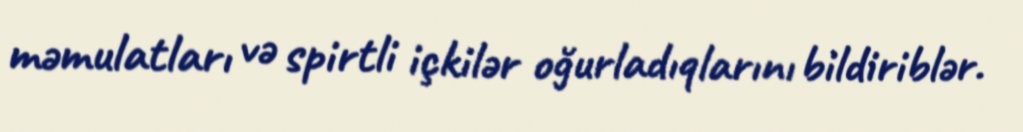
məmulatları və spirtli içkilər oğurladıqlarını bildiriblər.